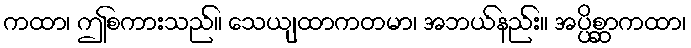
ကထာ၊ ဤစကားသည်။ သေယျထာကတမာ၊ အဘယ်နည်း။ အပ္ပိစ္ဆာကထာ၊